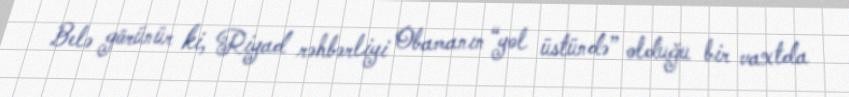
Belə görünür ki, Riyad rəhbərliyi Obamanın “yol üstündə” olduğu bir vaxtda